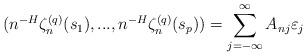
LaTeX: \begin{align*}(n^{-H}\zeta_{n}^{(q)}(s_{1}),...,n^{-H}\zeta_{n}^{(q)}(s_{p}))=\sum_{j=-\infty}^{\infty} A_{nj} \varepsilon_{j}\end{align*}